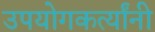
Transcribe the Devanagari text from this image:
उपयोगकर्त्यांनी